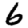
Digit: 6